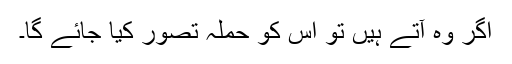
اگر وہ آتے ہیں تو اس کو حملہ تصور کیا جائے گا۔